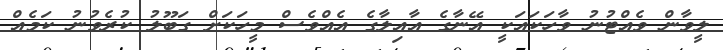
ލީވާން ވެއްޓުނު ވާހަކައަކީ އޭނާގެ އާއިލާގެ އެއްވެސް މީހަކަށް ގަބޫލު ކުރެވުނު ކަމެއް